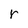
Character: r